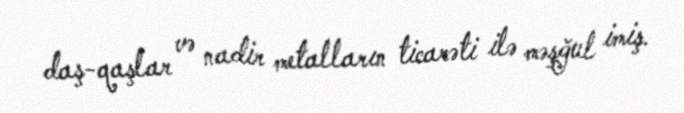
daş-qaşlar və nadir metalların ticarəti ilə məşğul imiş.